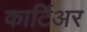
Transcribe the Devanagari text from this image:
कार्टिअर